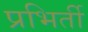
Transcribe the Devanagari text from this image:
प्रभिर्ती